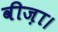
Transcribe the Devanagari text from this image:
वीज़ा।